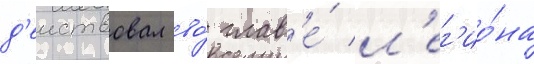
д'еиствовал во́ глав'е́ л'ег'ио́на